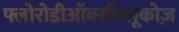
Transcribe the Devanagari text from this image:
फ्लोरोडीऑक्सीग्लूकोज़